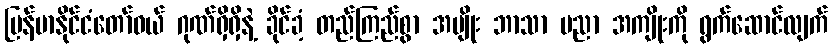
မြန်မာနိုင်ငံတော်ဝယ် ဂုဏ်ရှိရှိနဲ့ ခိုင်ခံ့ တည်ကြည်စွာ အမျိုး ဘာသာ ပညာ အကျိုးကို ရွက်ဆောင်လျက်